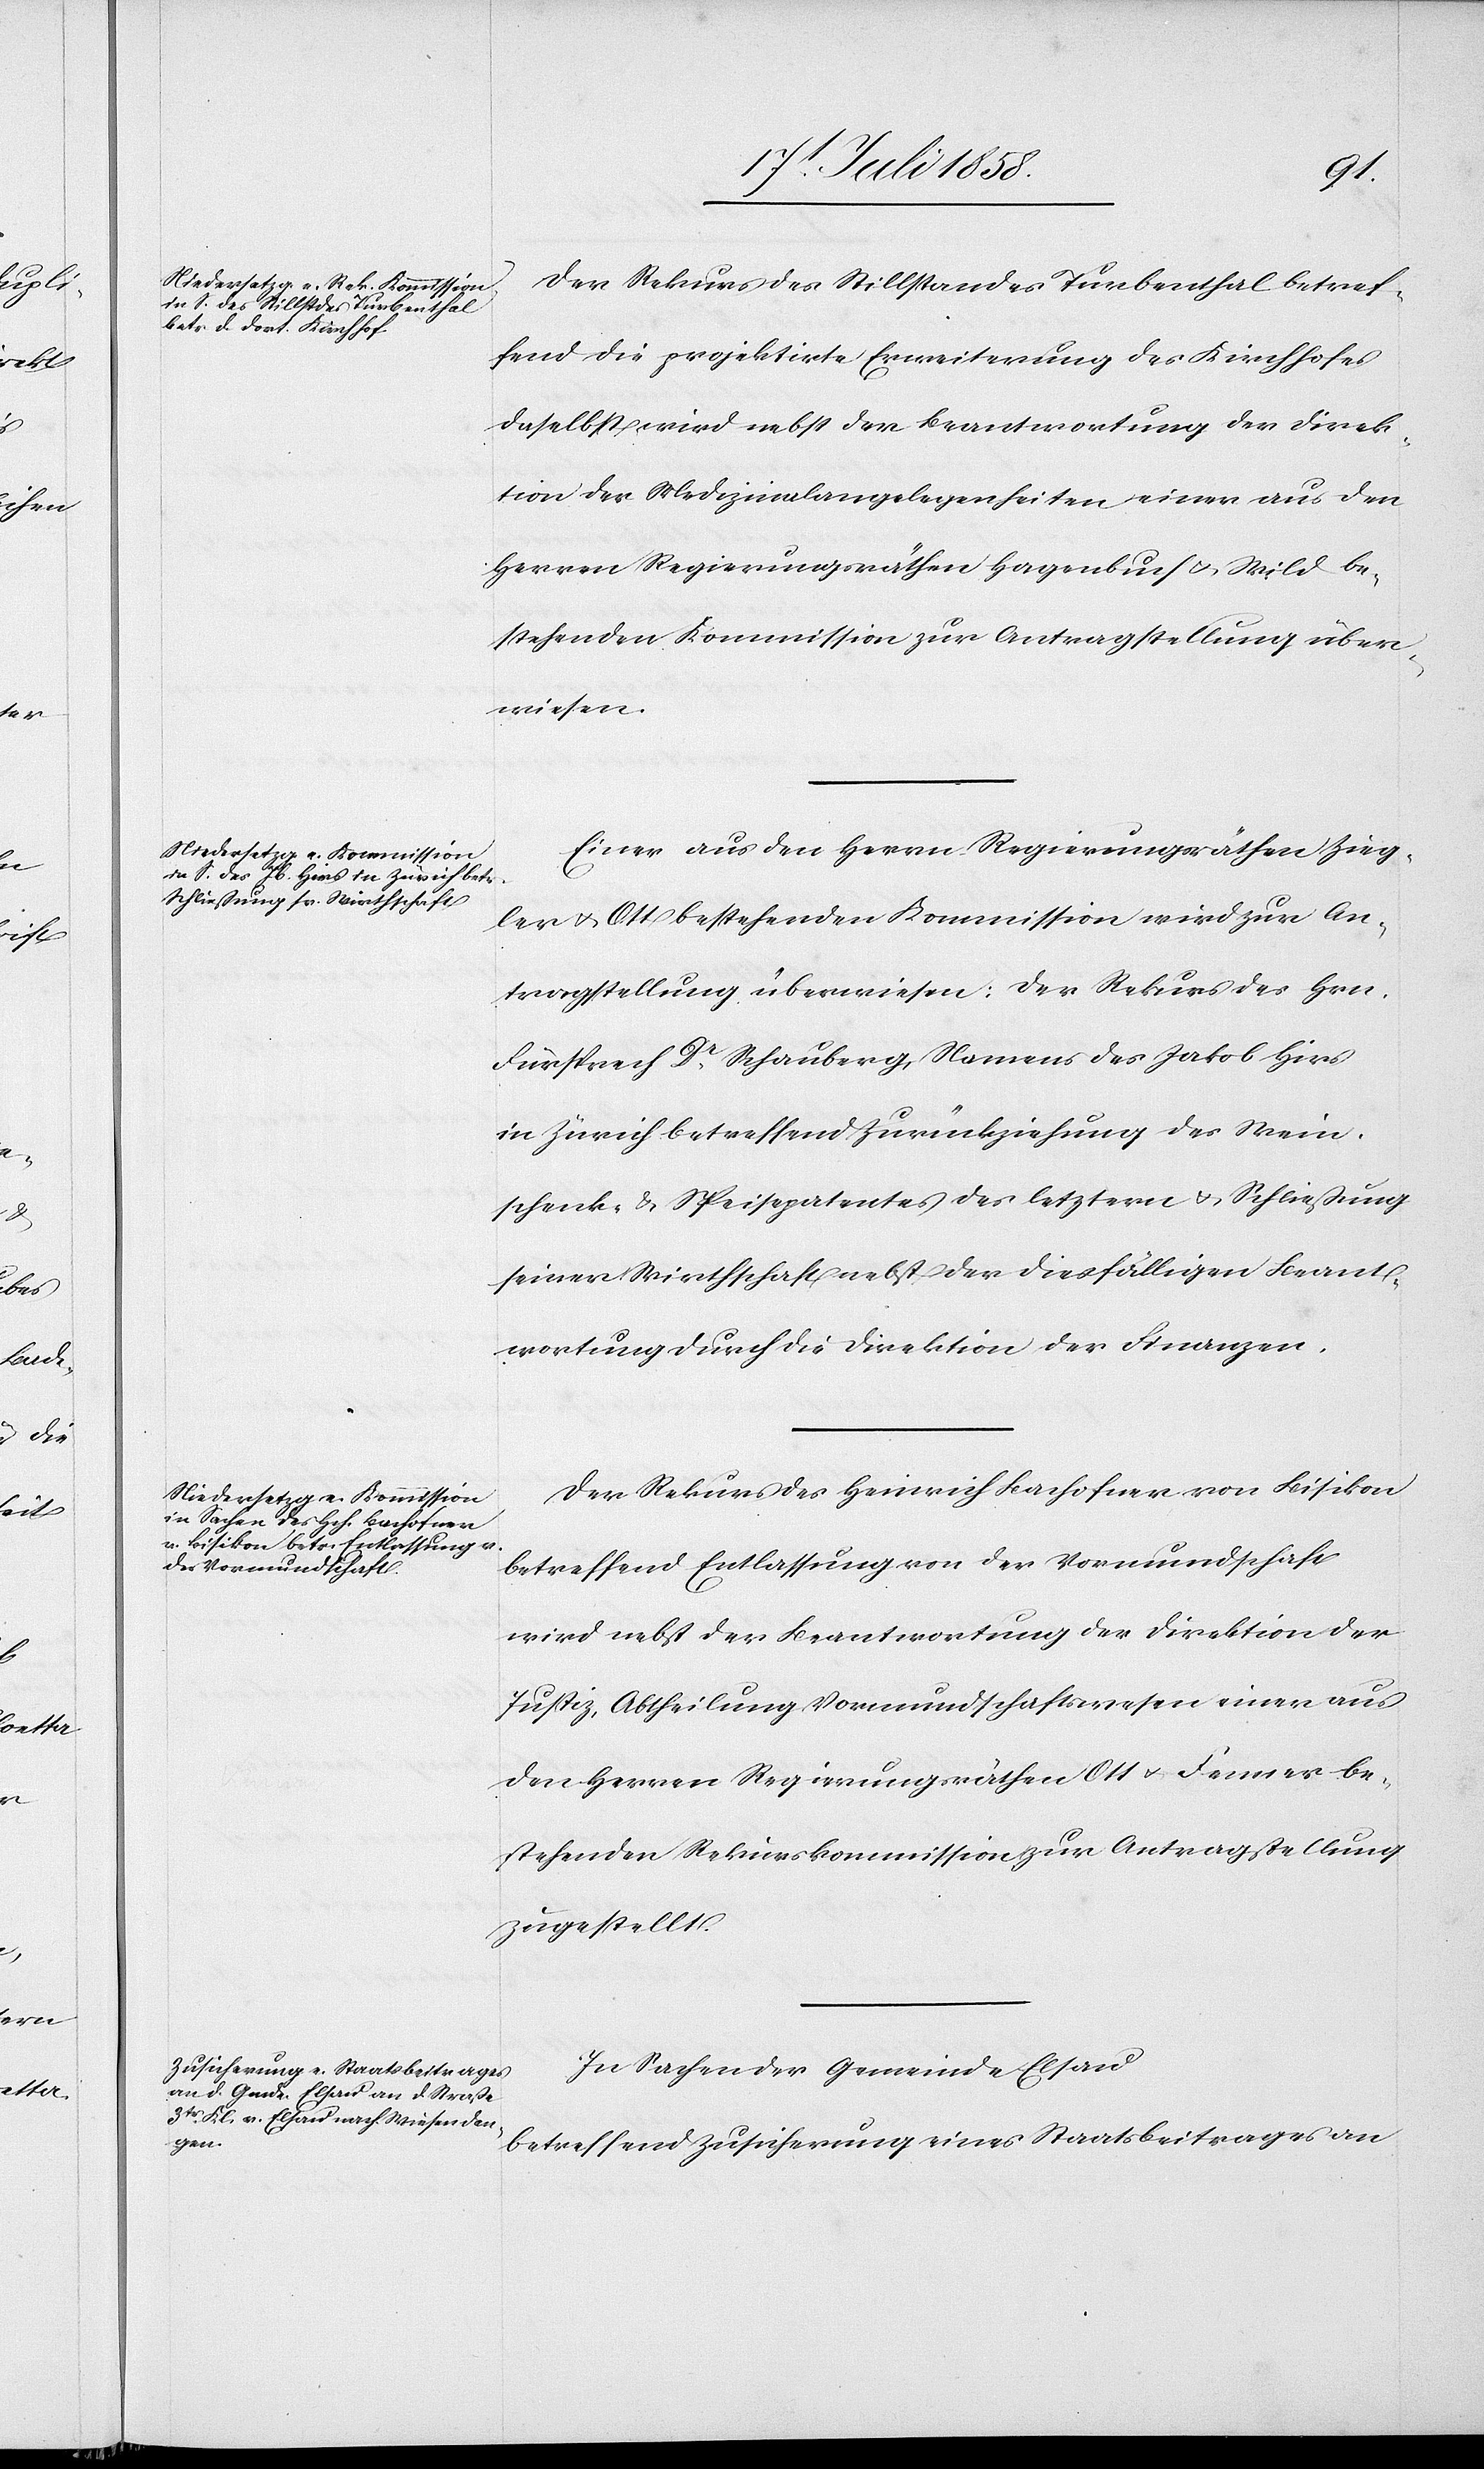
Der Rekurs des Stillstandes Turbenthal betref¬
fend die projektirte Erweiterung des Kirchhofes
daselbst wird nebst der Beantwortung der Direk¬
tion der Medizinalangelegenheiten einer aus den
Herren Regierungsräthen Hagenbuch & Wild be¬
stehenden Kommission zur Antragstellung über¬
wiesen.
Einer aus den Herrn Regierungsräthen Zieg¬
ler & Ott bestehenden Kommission wird zur An¬
tragstellung überwiesen: Der Rekurs des Hrn.
Fürsprech Dr. Schauberg, Namens des Jakob Hirs
in Zürich betreffend Zurückziehung des Wein¬
schenk- & Speisepatentes des letztern & Schließung
seiner Wirthschaft nebst der diesfälligen Beant¬
wortung durch die Direktion der Finanzen.
Der Rekurs des Heinrich Bachofner von Bisikon
betreffend Entlassung von der Vormundschaft
wird nebst der Beantwortung der Direktion der
Justiz, Abtheilung Vormundschaftswesen einer aus
den Herren Regierungsräthen Ott & Fenner be¬
stehenden Rekurskommission zur Antragstellung
zugestellt.
In Sachen der Gemeinde Elsau
betreffend Zusicherung eines Staatsbeitrages an